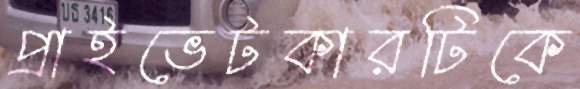
প্রাইভেটকারটিকে